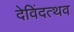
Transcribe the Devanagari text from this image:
देविंदत्थव